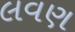
લવણ